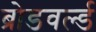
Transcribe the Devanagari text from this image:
ब्रोडवर्ल्ड